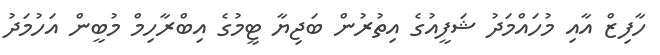
ހާފިޒް އާއި މުހައްމަދު ޝަފީއުގެ އިތުރުން ބަޖިޔާ ޓީމުގެ އިބްރާހިމް މުބީން އަހުމަދު